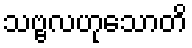
သဗ္ဗလဟုသောတိ